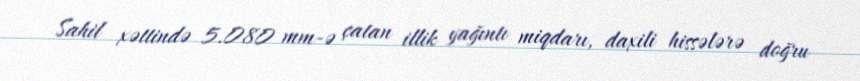
Sahil xəttində 5.080 mm-ə çatan illik yağıntı miqdarı, daxili hissələrə doğru